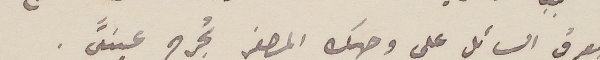
العرق السائل على وجهك المصفر تجرح عينيَّ .